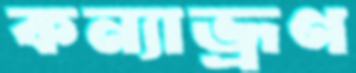
কন্যাভ্রূণ